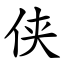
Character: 侠